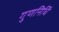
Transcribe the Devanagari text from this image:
गुणनिधिं